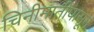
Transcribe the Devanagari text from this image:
चिनीमातीपासून